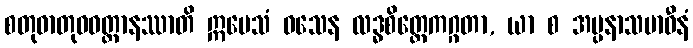
စတုဓာတုဝဝတ္ထာနဿာတိ ဣမေသံ ဝသေန လဒ္ဓစိတ္တေကဂ္ဂတာ, ယာ စ အပ္ပနာသမာဓီနံ